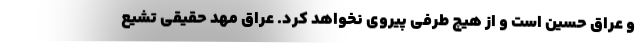
و عراق حسین است و از هیچ طرفی پیروی نخواهد کرد. عراق مهد حقیقی تشیع